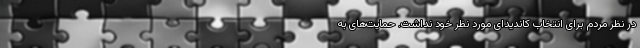
در نظر مردم برای انتخاب کاندیدای مورد نظر خود نداشت. حمایت‌های به